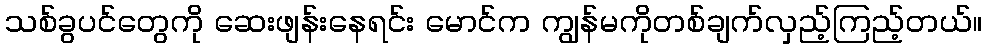
သစ်ခွပင်တွေကို ဆေးဖျန်းနေရင်း မောင်က ကျွန်မကိုတစ်ချက်လှည့်ကြည့်တယ်။